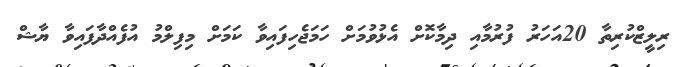
ރިލީޒްކުރިތާ 20އަހަރު ފުރުމާއި ދިމާކޮށް އެޅުވުމަށް ހަމަޖެހިފައިވާ ކަމަށް މިފިލްމު އުފެއްދާފައިވާ ޔާޝް